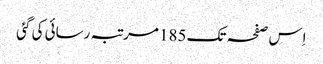
اِس صفحہ تک 185 مرتبہ رسائی کی گئی